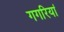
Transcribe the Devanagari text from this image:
गगरियां